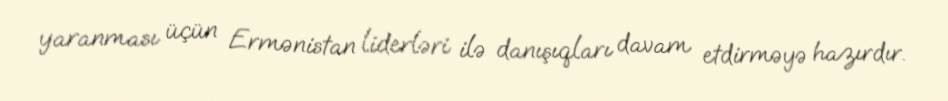
yaranması üçün Ermənistan liderləri ilə danışıqları davam etdirməyə hazırdır.